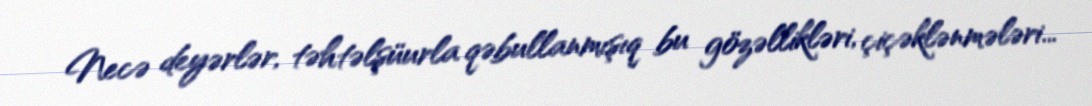
Necə deyərlər, təhtəlşüurla qəbullanmışıq bu gözəllikləri, çiçəklənmələri...